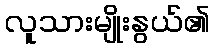
လူသားမျိုးနွယ်၏